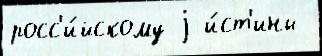
росс'и́йскому j и́ст'ины